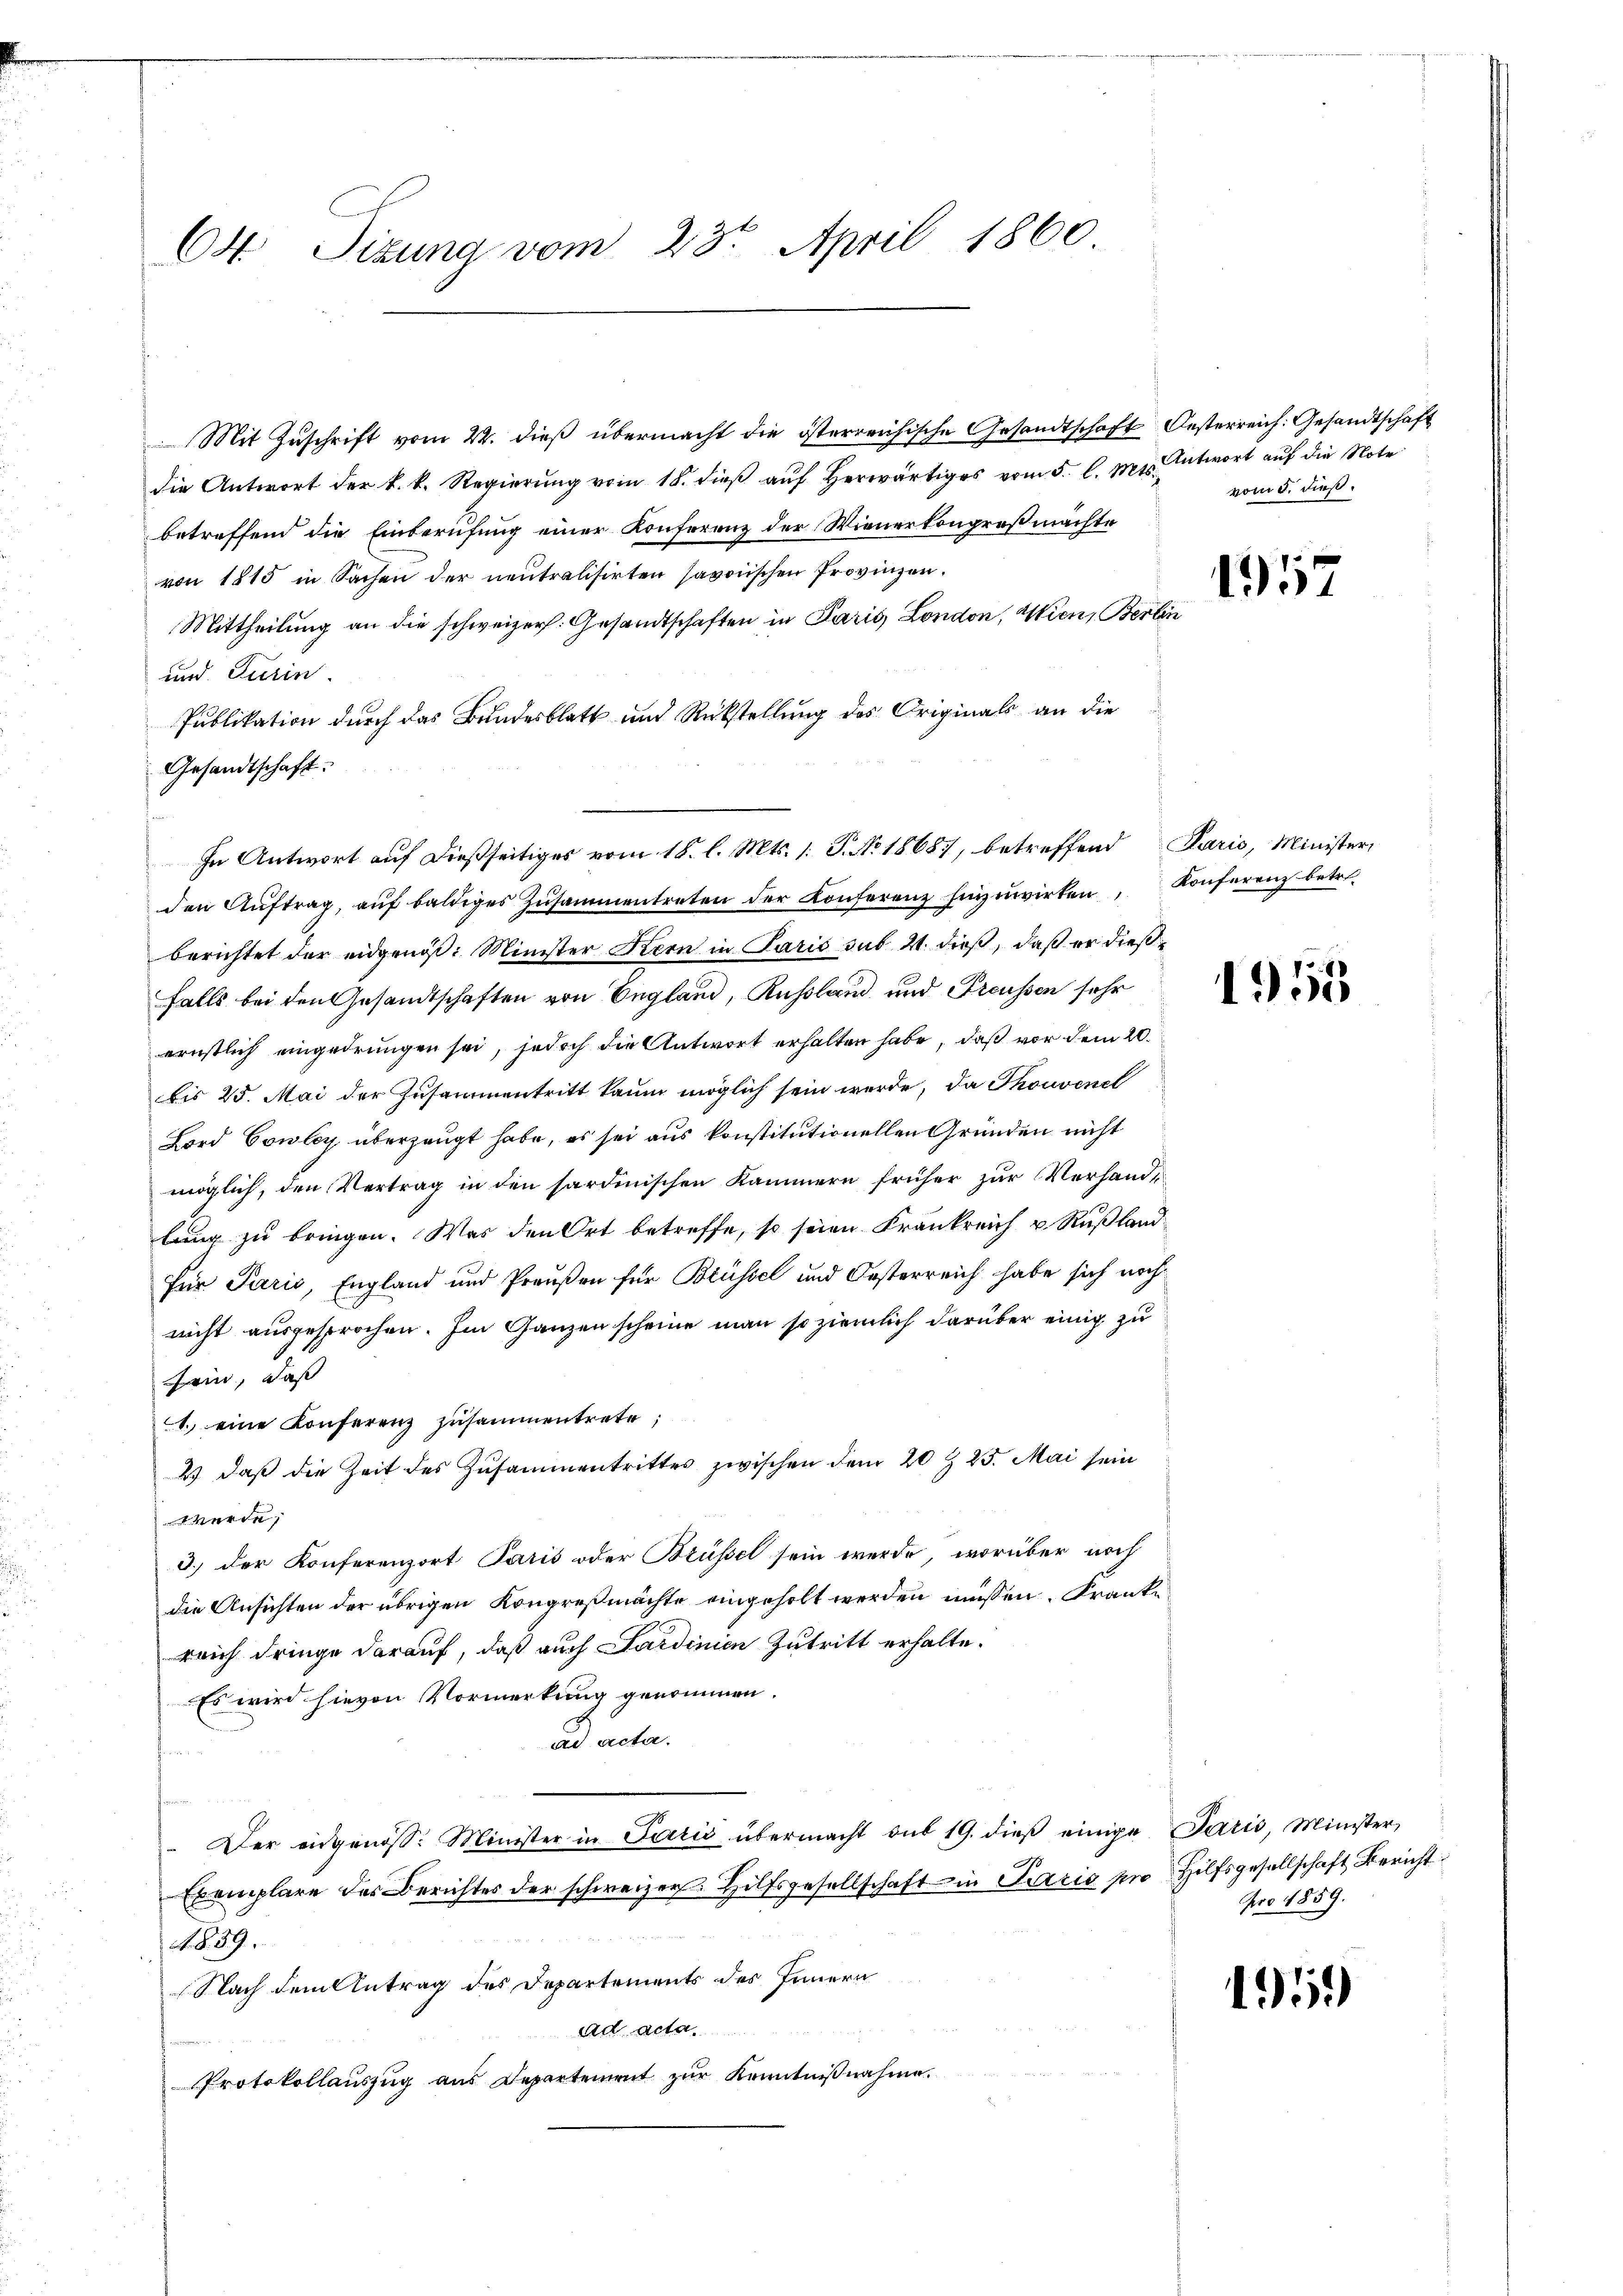
Ott Sitzung vom 23. April 1860

Mit Zuschrift vom 22. dieß übermacht die österreichische Gesandtschaft Oesterreich: Gesandtschaft
die Antwort der k. k. Regierŭng vom 18. dieβ aŭf herwärtiges vom 5. l. Mts. Antwort auf die Note
betreffend die Einberufung einer Konferenz der Wienerkongroßmachte
von 1815 in Sachen der neutralisirten savoischen Provinzen.
Mittheilung an die schweizer. Gesandtschaften in Paris, London, Wien, Berlin
und Turin
Publikation durch das Bundesblatt und Rückstellung des Originals an die
Gesandtschaft.
In Antwort auf dießseitiges vom 18. l. Mts. 1. P. No 18687, betreffend Paris, Minister,
den Aŭftrag, aŭf baldiges Zŭsammentreten der Konferenz hinzuwirken, Konferenz betr.
berichtet der eidgenöß: Minister Kern in Paris sub 21. dieß, daß er dießfalls bei den Gesandtschaften von England, Russland und Freussen sehr
ernstlich eingedrungen sei, jedoch die Antwort erhalten habe, daß vor dem 20.
bis 25. Mai der Zusammentritt kaum möglich sein werde, da Thouvenel
Bord Cowley überzeugt habe, es sei aus konstitutionellen Gründen nicht
möglich, den Vertrag in den sardinischen Kammern früher zur Verhandlung zu bringen. Was den Ort betreffe, so seien Frankreich u. Rußland
für Paris, England und Preußen für Brüssel und Oesterreich habe sich noch
nicht ausgesprochen. Im Ganzen scheine man so ziemlich darüber einig zu
frin, daß
1. eine Konferenz zusammentrete;
2) daß die Zeit des Zusammentrittes zwischen dem 20t 25. Mai sein
werde,
3.) der Konferenzort Paris oder Brüssel sein werde, worüber noch
die Ansichten der übrigen Kongreßmächte eingeholt werden müssen. Franke
reich dringe darauf, daß auch Sardinien Zutritt erhalte.
Es wird hievon Vormerkung genommen.
ad acta.
 Der eidgenöss: Minister in Paris übermacht sub 19. dieβ einige Paris, Minister,
Exemplare des Berichtes der schweizer. Hilfsgesellschaft ein Paris pro Hilfsgesellschaft Bericht
839.
Nach dem Antrag des Departements des Innern
ad acta
Protokollauszug aus Departement zur Kenntnißnahme.

vom 5. dieß.

1957

1955

pro 1859.

15)